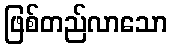
ဖြစ်တည်လာသော